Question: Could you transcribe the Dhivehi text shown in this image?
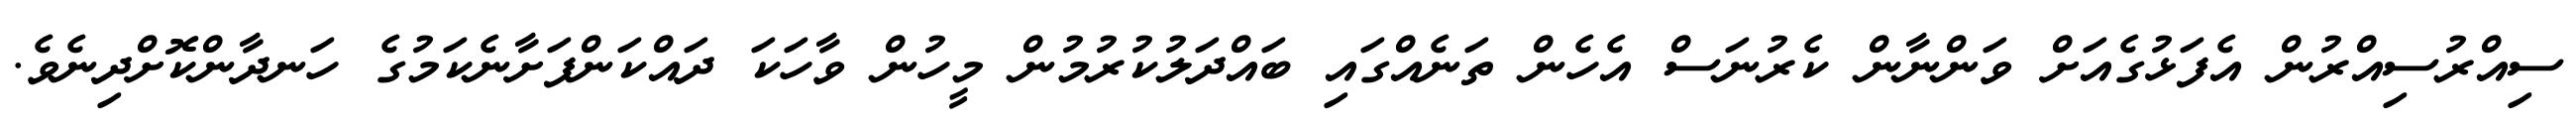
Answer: ސިއްރުސިއްރުން އެފަޅުގެއަށް ވަންނާން ކެރުނަސް އެހެން ތަނެއްގައި ބައްދަލުކުރުމުން މީހުން ވާހަކަ ދައްކަންފަށާނެކަމުގެ ހަނދާންކޮށްދިނެވެ.